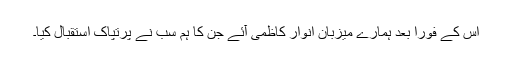
اس کے فوراً بعد ہمارے میزبان انوار کاظمی آئے جن کا ہم سب نے پرتپاک استقبال کیا۔